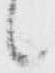
候